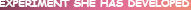
EXPERIMENT SHE HAS DEVELOPED